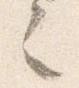
之